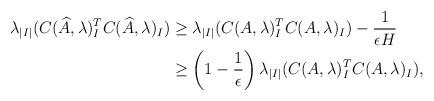
LaTeX: \begin{align*} \begin{aligned} \lambda_{|I|}(C(\widehat{A},\lambda)_I^TC(\widehat{A},\lambda)_I) & \geq \lambda_{|I|} (C(A,\lambda)_I^TC(A,\lambda)_I) - \frac{1}{\epsilon H} \\ & \geq \left(1 - \frac{1}{\epsilon}\right) \lambda_{|I|} (C(A,\lambda)_I^TC(A,\lambda)_I), \end{aligned} \end{align*}